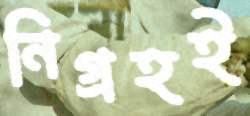
নিগ্রহই